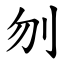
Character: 刎